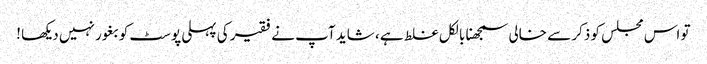
تو اس مجلس کو ذکر سے خالی سمجھنا بالکل غلط ہے ، شاید آپ نے فقیر کی پہلی پوسٹ کو بغور نہیں دیکھا !